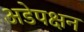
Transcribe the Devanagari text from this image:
अडेपक्षन